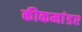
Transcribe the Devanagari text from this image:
कीकमांडर